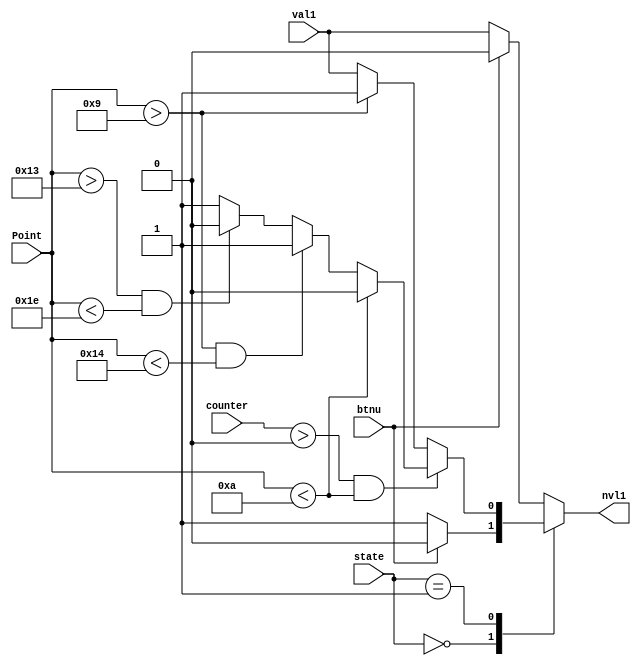
module HandleDigit1(
    input [1:0] state,
    input btnu,
    input [4:0] counter,
    input [4:0] Point,
    input val1,
    output reg nvl1
);
    parameter FINAL = 2'b10;
    parameter GAME = 2'b01;
    parameter INITIAL = 2'b00;
    always @(*) begin
        case (state)
            INITIAL:begin
                if(btnu) nvl1 = 4'd0;
                else nvl1 = 4'd13;
            end
            GAME:begin
                if( counter > 0 && Point < 10) begin
                    if(Point < 10)begin
                        nvl1 = 0;
                    end else if( Point > 9 && Point < 20 )begin
                        nvl1 = 1;
                    end else if( Point > 19 && Point < 30 )begin
                        nvl1 = 2;
                    end else begin
                        nvl1 = 3;
                    end
                end else begin
                    if(Point > 9) nvl1 = 4'd11;
                    else nvl1 = val1;
                end
            end
            FINAL:begin
                if(btnu) nvl1 = 4'd0;
                else nvl1 = val1;
            end 
            default:begin
                if(btnu) nvl1 = 4'd0;
                else nvl1 = val1;
            end
        endcase
    end
endmodule